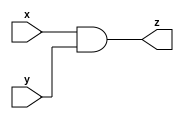
module xc ( x,y,z);
	input x,y;
	output z;
	assign z= x&y;
	endmodule